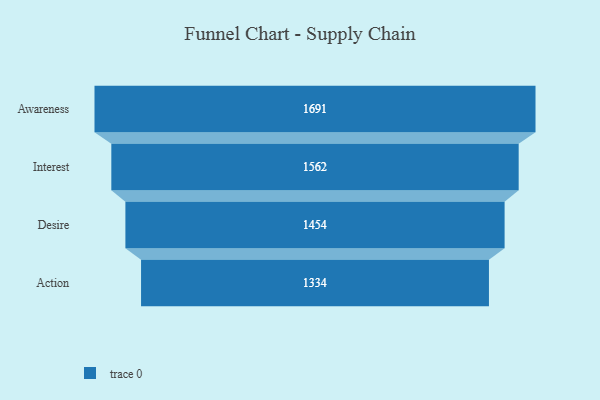
{"axis": {"x": "Stage", "y": "Value"}, "legend": [""], "data": [{"x": "Awareness", "y": 1691.0, "type": ""}, {"x": "Interest", "y": 1562.0, "type": ""}, {"x": "Desire", "y": 1454.0, "type": ""}, {"x": "Action", "y": 1334.0, "type": ""}]}